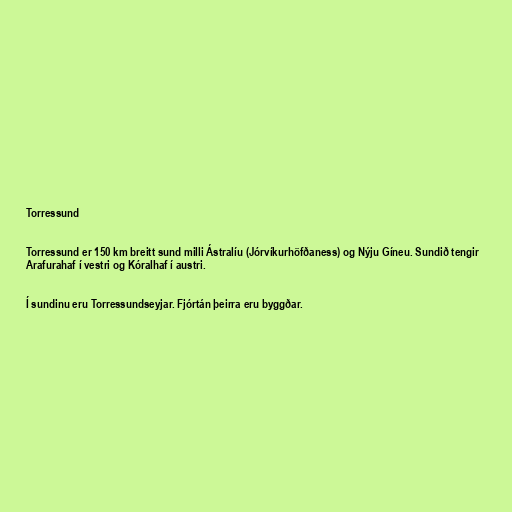
Torressund

Torressund er 150 km breitt sund milli Ástralíu (Jórvíkurhöfðaness) og Nýju Gíneu. Sundið tengir
Arafurahaf í vestri og Kóralhaf í austri.

Í sundinu eru Torressundseyjar. Fjórtán þeirra eru byggðar.